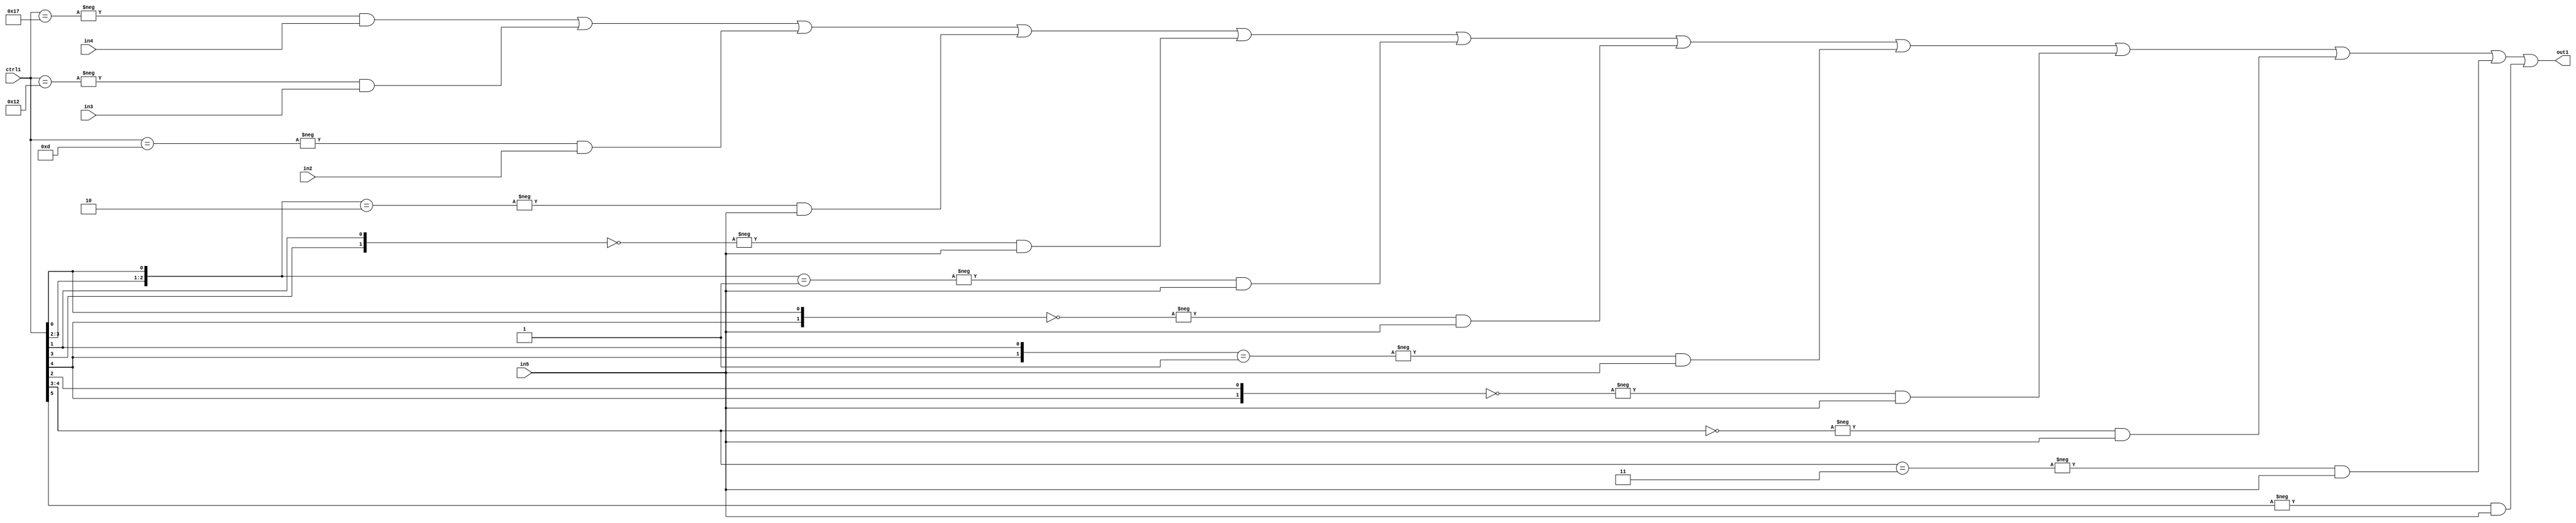
`timescale 1ps / 1ps
/*****************************************************************************
    Verilog RTL Description
    
    
    Created by: Stratus DpOpt 21.05.01 
*******************************************************************************/

module SobelFilter_N_Mux_32_4_36_4 (
	in5,
	in4,
	in3,
	in2,
	ctrl1,
	out1
	); /* architecture "behavioural" */ 
input [31:0] in5;
input [8:0] in4,
	in3,
	in2;
input [5:0] ctrl1;
output [31:0] out1;
wire [31:0] asc001;

assign asc001 = 
	-{ctrl1 == 6'B010111} & in4 |
	-{ctrl1 == 6'B010010} & in3 |
	-{ctrl1 == 6'B001101} & in2 |
	-{{ctrl1[3:2], ctrl1[0]} == 3'B010} & in5 |
	-{{ctrl1[3], ctrl1[1]} == 2'B00} & in5 |
	-{{ctrl1[3:2], ctrl1[0]} == 3'B001} & in5 |
	-{{ctrl1[4], ctrl1[0]} == 2'B00} & in5 |
	-{{ctrl1[4], ctrl1[1]} == 2'B01} & in5 |
	-{{ctrl1[4], ctrl1[2]} == 2'B00} & in5 |
	-{ctrl1[4:3] == 2'B00} & in5 |
	-{ctrl1[4:3] == 2'B11} & in5 |
	-{ctrl1[5] == 1'B1} & in5 ;

assign out1 = asc001;
endmodule

/* CADENCE  vbnzTA0= : u9/ySxbfrwZIxEzHVQQV8Q== ** DO NOT EDIT THIS LINE ******/